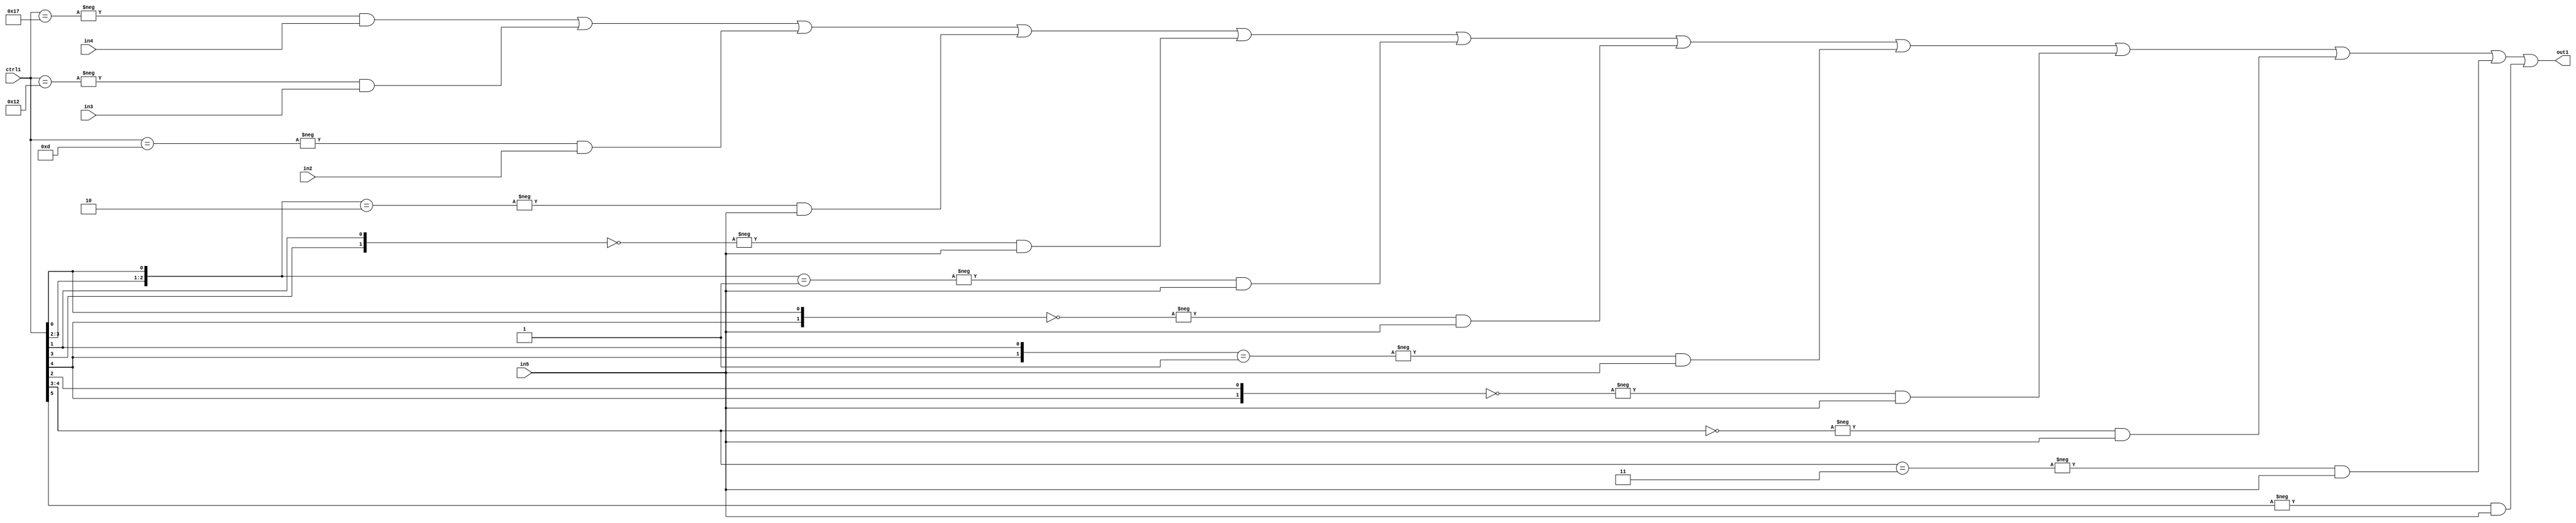
`timescale 1ps / 1ps
/*****************************************************************************
    Verilog RTL Description
    
    
    Created by: Stratus DpOpt 21.05.01 
*******************************************************************************/

module SobelFilter_N_Mux_32_4_36_4 (
	in5,
	in4,
	in3,
	in2,
	ctrl1,
	out1
	); /* architecture "behavioural" */ 
input [31:0] in5;
input [8:0] in4,
	in3,
	in2;
input [5:0] ctrl1;
output [31:0] out1;
wire [31:0] asc001;

assign asc001 = 
	-{ctrl1 == 6'B010111} & in4 |
	-{ctrl1 == 6'B010010} & in3 |
	-{ctrl1 == 6'B001101} & in2 |
	-{{ctrl1[3:2], ctrl1[0]} == 3'B010} & in5 |
	-{{ctrl1[3], ctrl1[1]} == 2'B00} & in5 |
	-{{ctrl1[3:2], ctrl1[0]} == 3'B001} & in5 |
	-{{ctrl1[4], ctrl1[0]} == 2'B00} & in5 |
	-{{ctrl1[4], ctrl1[1]} == 2'B01} & in5 |
	-{{ctrl1[4], ctrl1[2]} == 2'B00} & in5 |
	-{ctrl1[4:3] == 2'B00} & in5 |
	-{ctrl1[4:3] == 2'B11} & in5 |
	-{ctrl1[5] == 1'B1} & in5 ;

assign out1 = asc001;
endmodule

/* CADENCE  vbnzTA0= : u9/ySxbfrwZIxEzHVQQV8Q== ** DO NOT EDIT THIS LINE ******/